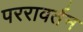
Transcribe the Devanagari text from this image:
पररावर्तन